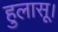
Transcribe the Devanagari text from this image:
हुलासू।